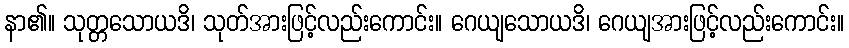
နာ၏။ သုတ္တသောယဒိ၊ သုတ်အားဖြင့်လည်းကောင်း။ ဂေယျသောယဒိ၊ ဂေယျအားဖြင့်လည်းကောင်း။